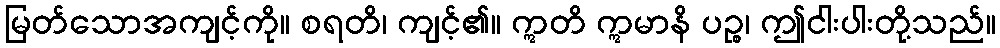
မြတ်သောအကျင့်ကို။ စရတိ၊ ကျင့်၏။ ဣတိ ဣမာနိ ပဉ္စ၊ ဤငါးပါးတို့သည်။